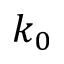
k _ { 0 }